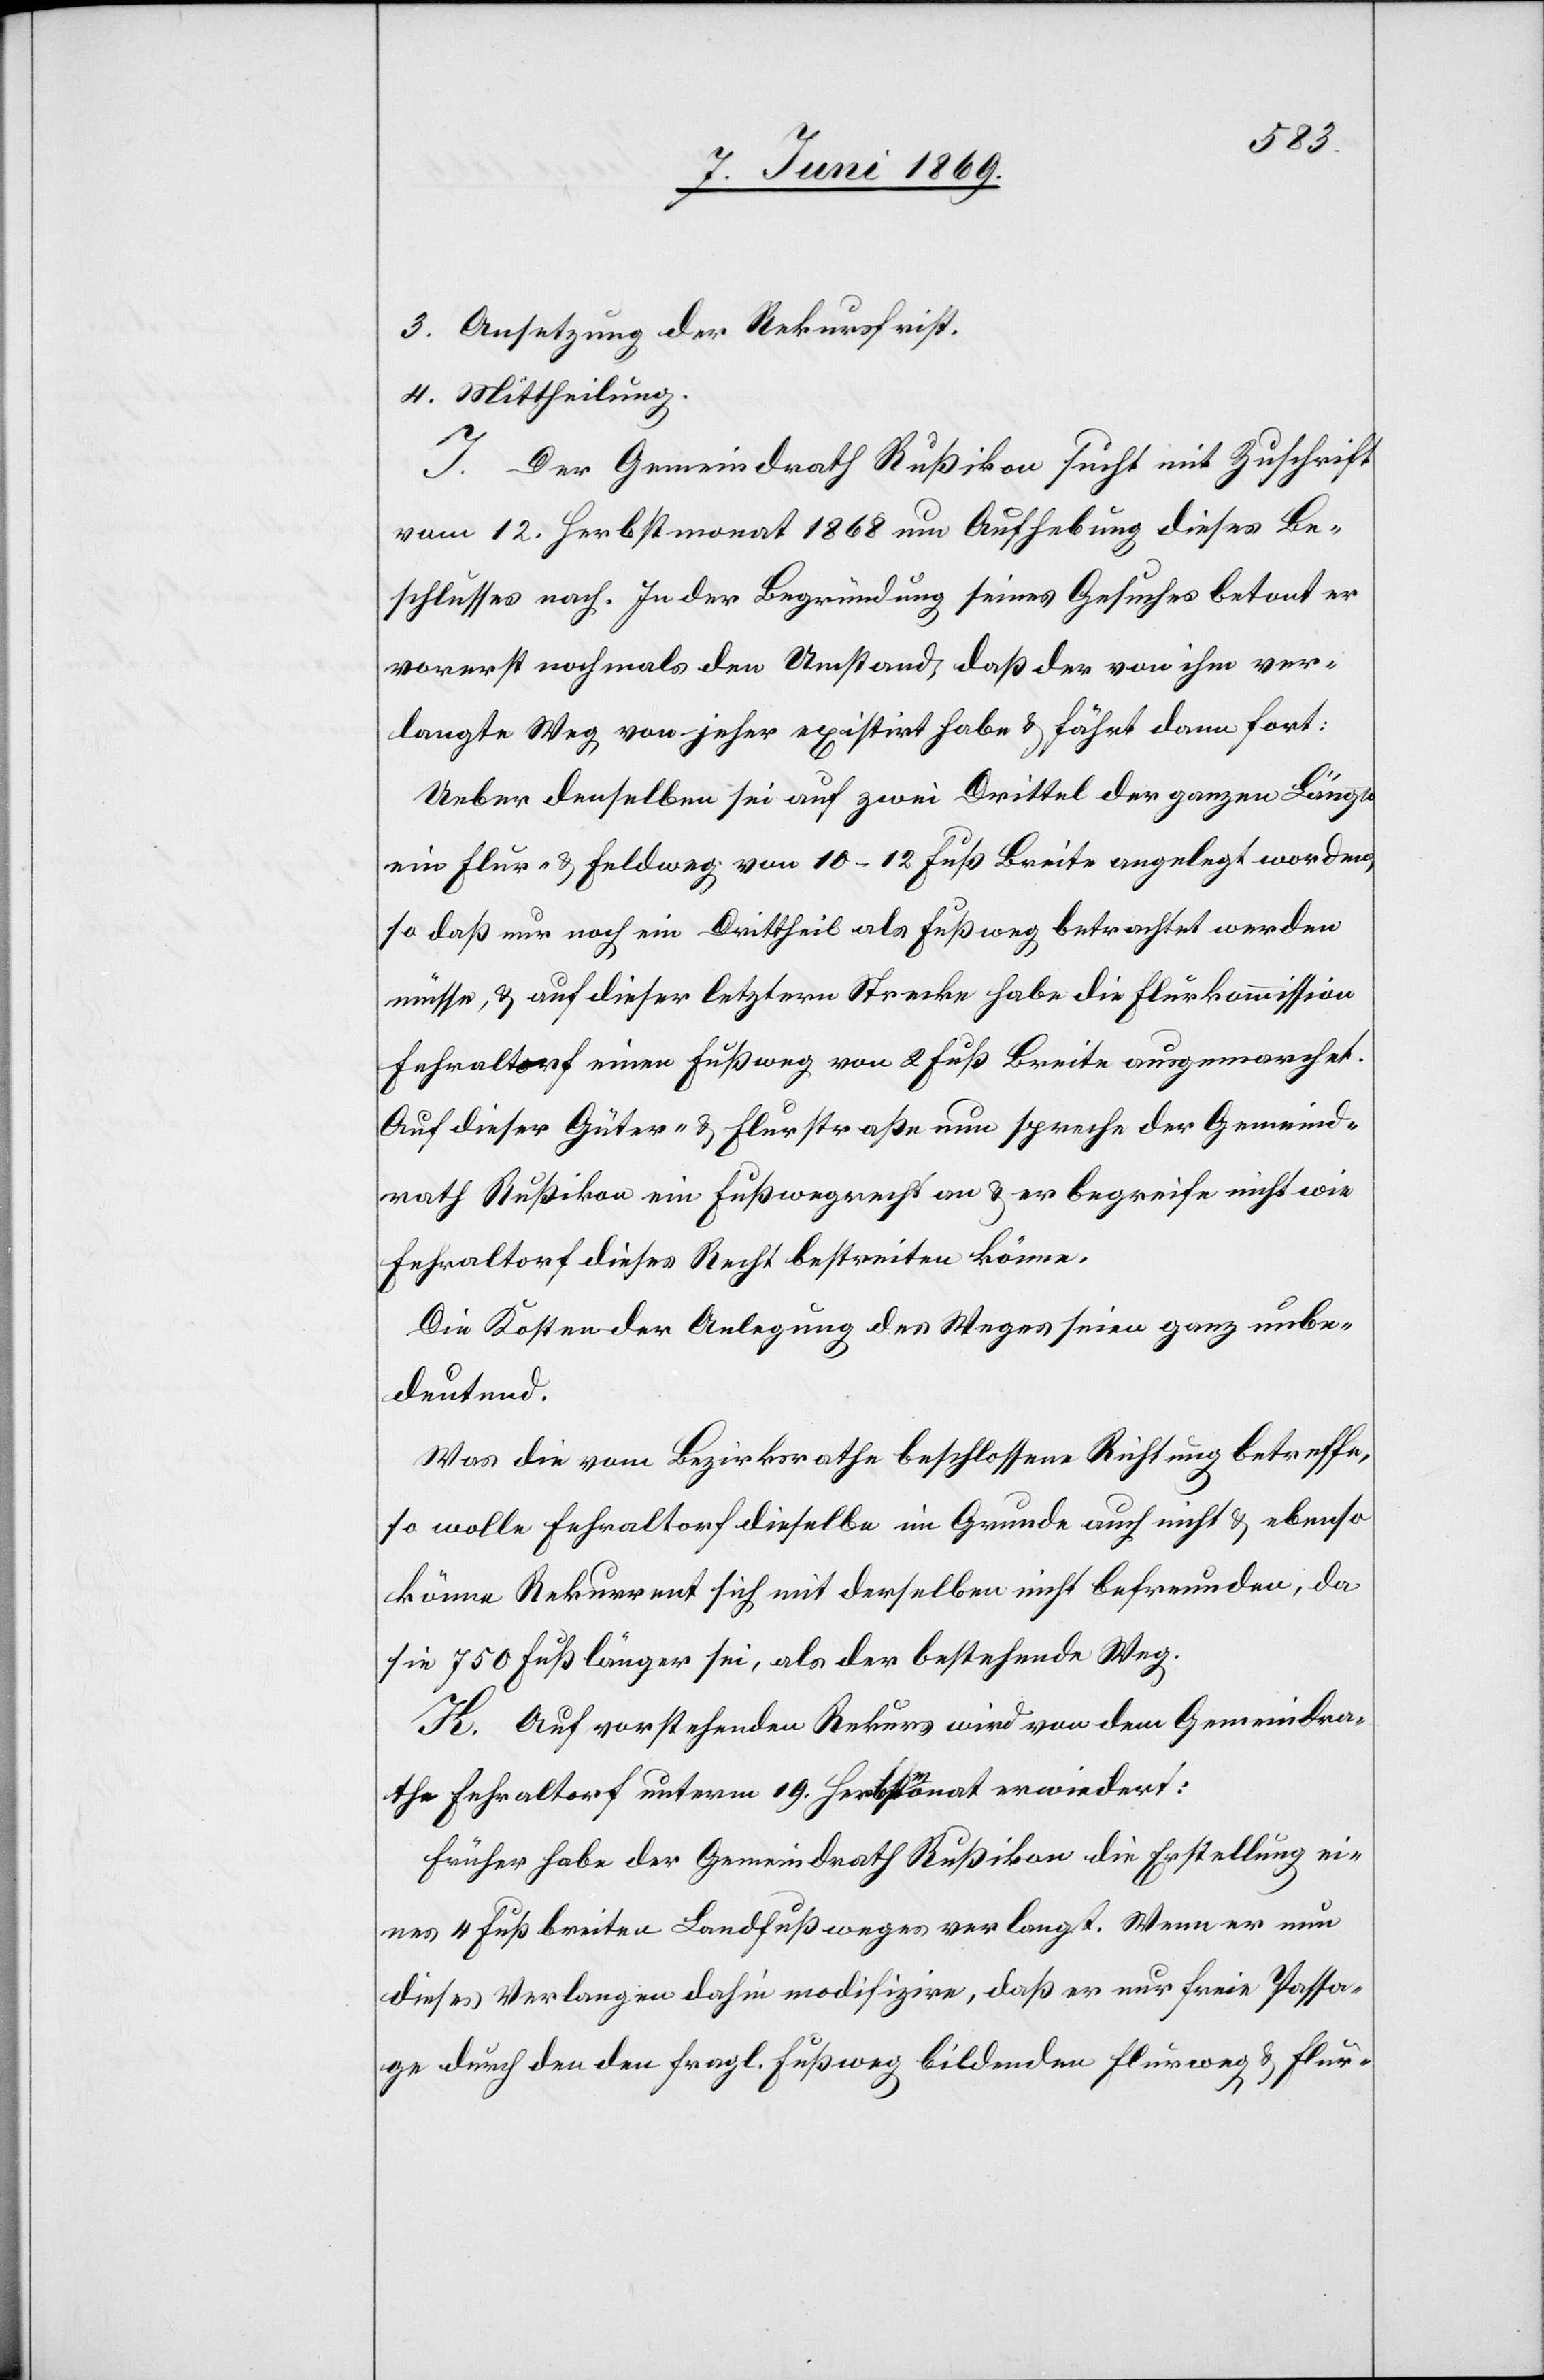
3. Ansetzung der Rekursfrist.
4. Mittheilung.
J. Der Gemeindrath Rußikon sucht mit Zuschrift
vom 12. Herbstmonat 1868 um Aufhebung dieses Be¬
schlusses nach. In der Begründung seines Gesuches betont er
vorerst nochmals den Umstand, daß der von ihm ver¬
langte Weg von jeher existirt habe u. fährt dann fort:
Ueber denselben sei auf zwei Drittel der ganzen Länge
ein Flur- u. Feldweg vom 10–12 Fuß Breite angelegt worden,
so daß nur noch ein Drittheil als Fußweg betrachtet werden
müsse, u. auf dieser letztern Strecke habe die Flurkommission
Fehraltorf einen Fußweg von 2 Fuß Breite ausgemarchet.
Auf dieser Güter- u. Flurstraße nun spreche der Gemeind¬
rath Russikon ein Fußwegrecht an u. begreife nicht wie
Fehraltorf dieses Recht bestreiten könne.
Die Kosten der Anlegung des Weges seien ganz unbe¬
deutend.
Was die vom Bezirksrathe beschlossene Richtung betreffe,
so wolle Fehraltorf dieselbe im Grunde auch nicht u. ebenso
könne Rekurrent sich mit derselben nicht befreunden, da
sie 750 Fuß länger sei, als der bestehende Weg.
K. Auf vorstehenden Rekurs wird von dem Gemeindra¬
the Fehraltorf unterm 19. Herbstmonat erwiedert:
Früher habe der Gemeindrath Rußikon die Erstellung ei¬
nes 4 Fuß breiten Landfußweges verlangt. Wenn er nun
dieses Verlangen dahin modifizire, daß er nur freie Passa¬
ge durch den den fragl. Fußweg bildenden Flurweg u. Flur-